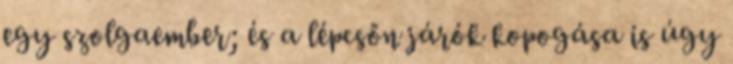
egy szolgaember; és a lépcsőn járók kopogása is úgy